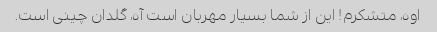
اوه، متشکرم! این از شما بسیار مهربان است آه، گلدان چینی است.